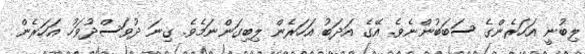
ލިބުނީ އަހަރެންގެ ސަބަބުންނެވެ. އޭގެ އަދަބު އަހަރެން ލިބިގަންނަމެވެ. ގިނަ ދުވަސްދުވަހު އަހަރެން